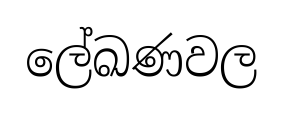
ලේඛණවල